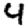
Digit: 4